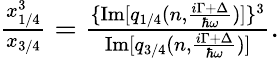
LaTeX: \begin{array}{r}{\frac{x_{1/4}^{3}}{x_{3/4}}=\frac{\{ \mathrm{Im}[q_{1/4}(n,\frac{i\Gamma+\Delta}{\hbar\omega})]\} ^{3}}{\mathrm{Im}[q_{3/4}(n,\frac{i\Gamma+\Delta}{\hbar\omega})]}.}\end{array}